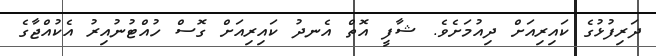
ދަރިފުޅުގެ ކައިރިއަށް ދިއުމަށެވެ. ޝާފީ އޮތް އެނދު ކައިރިއަށް ގޮސް ހުއްޓުނުއިރު އެކުއްޖާގެ